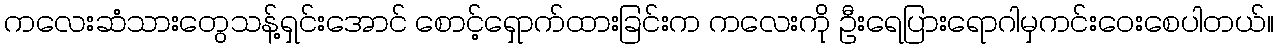
ကလေးဆံသားတွေသန့်ရှင်းအောင် စောင့်ရှောက်ထားခြင်းက ကလေးကို ဦးရေပြားရောဂါမှကင်းဝေးစေပါတယ်။